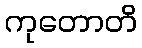
ကုတောတိ